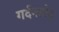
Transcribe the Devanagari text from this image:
गर्दनतोड़